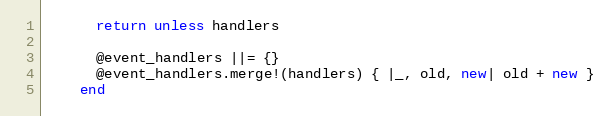
Language: Ruby
      return unless handlers

      @event_handlers ||= {}
      @event_handlers.merge!(handlers) { |_, old, new| old + new }
    end